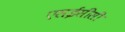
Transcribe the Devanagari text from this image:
एसईसीसी